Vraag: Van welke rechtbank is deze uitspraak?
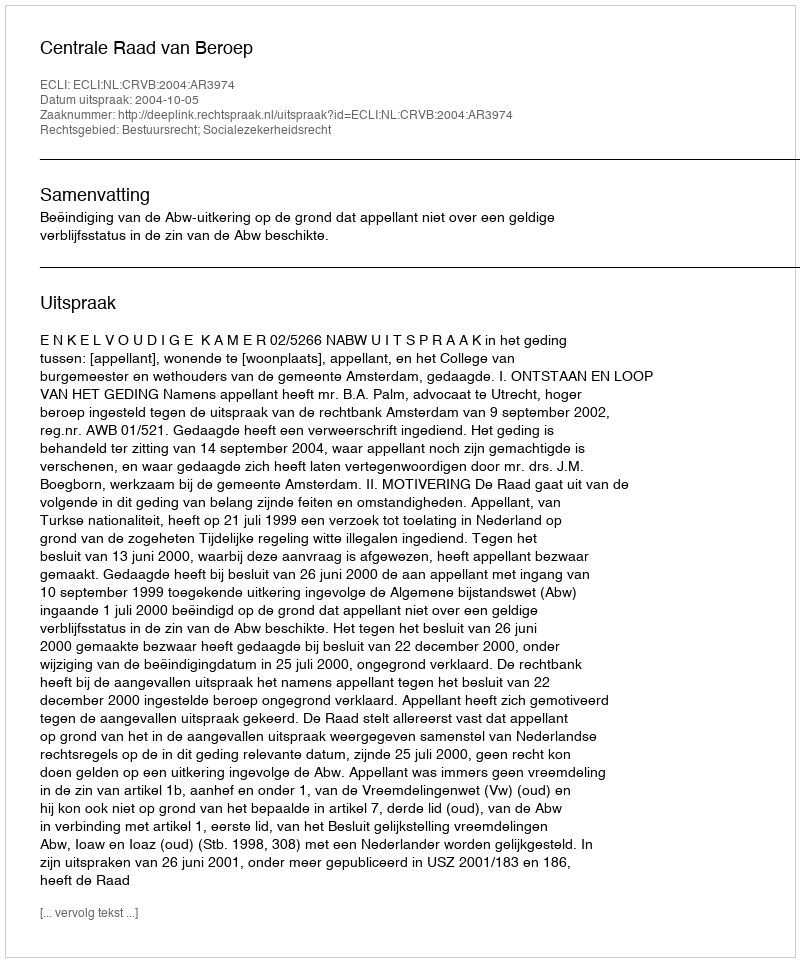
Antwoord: Centrale Raad van Beroep